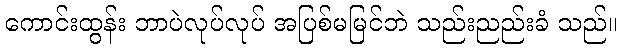
ကောင်းထွန်း ဘာပဲလုပ်လုပ် အပြစ်မမြင်ဘဲ သည်းညည်းခံ သည်။